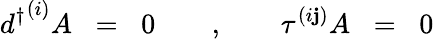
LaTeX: {d^{\dagger}}^{(i)}A\; \; =\; \; 0\quad\quad,\quad\quad\tau^{(i\mathbf{j})}A\; \; =\; \; 0